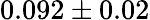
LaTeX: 0.092\pm 0.02